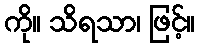
ကို။ သိရသာ၊ ဖြင့်။